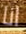
انا